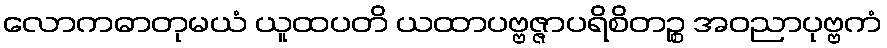
လောကဓာတုမယံ ယူထပတိ ယထာပဗ္ဗဇ္ဇာပရိစိတဉ္စ အဝညာပုဗ္ဗကံ